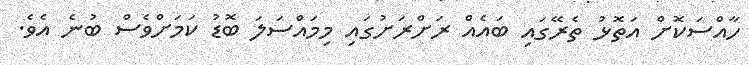
ހާއްސަކޮށް އަތޮޅު ތެރޭގައި ބައެއް ރަށްރަށުގައި މިމައްސަލަ ބޮޑު ކަމަށްވެސް ބުނެ އެވެ.